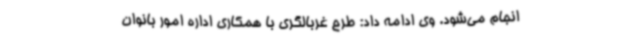
انجام می‌شود. وی ادامه داد: طرح غربالگری با همکاری اداره امور بانوان